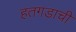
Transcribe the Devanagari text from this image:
हतगडाची